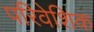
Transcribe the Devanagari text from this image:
परिवेशिक